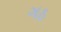
ગઠ